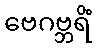
ဗေဂဗ္ဘရိံ